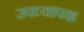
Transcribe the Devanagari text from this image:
उपध्यापक्ष